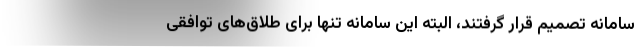
سامانه تصمیم قرار گرفتند، البته این سامانه تنها برای طلاق‌های توافقی